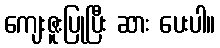
ကျေးဇူးပြုပြီး ဆား ပေးပါ။